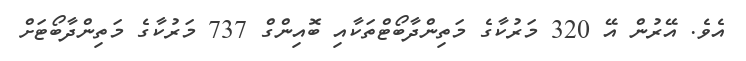
އެވެ. އޭރުން އޭ 320 މަރުކާގެ މަތިންދާބޯޓްތަކާއި ބޮއިންގް 737 މަރުކާގެ މަތިންދާބޯޓަށް